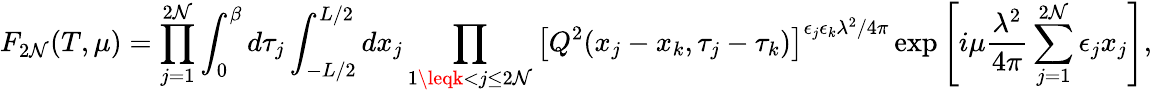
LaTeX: F_{2\mathcal{N}}(T,\mu)=\prod_{j=1}^{2\mathcal{N}}\int_{0}^{\beta}d\tau_{j}\int_{-L/2}^{L/2}dx_{j}\prod_{1\leqk<j\leq2\mathcal{N}}\left[Q^{2}(x_{j}-x_{k},\tau_{j}-\tau_{k})\right]^{\epsilon_{j}\epsilon_{k}\lambda^{2}/4\pi}\exp\left[i\mu\frac{{\lambda^{2}}}{{4\pi}}\sum_{j=1}^{2\mathcal{N}}\epsilon_{j}x_{j}\right],